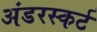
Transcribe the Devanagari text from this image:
अंडरस्कर्ट